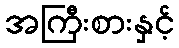
အကြီးစားနှင့်